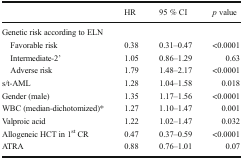
<table><thead><tr><td></td><td><b>HR</b></td><td><b>95 % CI</b></td><td><b><i>p</i> value</b></td></tr></thead><tbody><tr><td colspan="4">Genetic risk according to ELN</td></tr><tr><td> Favorable risk</td><td>0.38</td><td>0.31–0.47</td><td>&lt;0.0001</td></tr><tr><td> Intermediate-2’</td><td>1.05</td><td>0.86–1.29</td><td>0.63</td></tr><tr><td> Adverse risk</td><td>1.79</td><td>1.48–2.17</td><td>&lt;0.0001</td></tr><tr><td>s/t-AML</td><td>1.28</td><td>1.04–1.58</td><td>0.018</td></tr><tr><td>Gender (male)</td><td>1.35</td><td>1.17–1.56</td><td>&lt;0.0001</td></tr><tr><td>WBC (median-dichotomized)*</td><td>1.27</td><td>1.10–1.47</td><td>0.001</td></tr><tr><td>Valproic acid</td><td>1.22</td><td>1.02–1.47</td><td>0.032</td></tr><tr><td>Allogeneic HCT in 1<sup>st</sup> CR</td><td>0.47</td><td>0.37–0.59</td><td>&lt;0.0001</td></tr><tr><td>ATRA</td><td>0.88</td><td>0.76–1.01</td><td>0.07</td></tr></tbody></table>